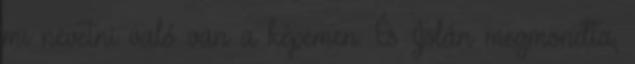
mi nevetni való van a képemen. És Jolán megmondta,